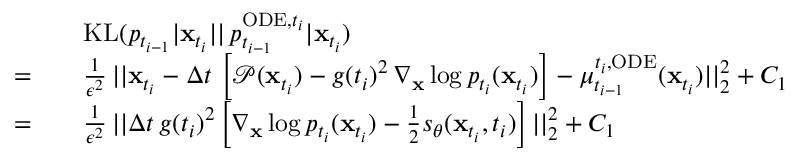
\begin{array} { r l } & { \quad \mathrm { K L } ( p _ { t _ { i - 1 } } | \mathbf { x } _ { t _ { i } } | | \, p _ { t _ { i - 1 } } ^ { \mathrm { O D E } , t _ { i } } | \mathbf { x } _ { t _ { i } } ) } \\ { = } & { \quad \frac { 1 } { \epsilon ^ { 2 } } \, | | \mathbf { x } _ { t _ { i } } - \Delta t \, \left[ \mathcal { P } ( \mathbf { x } _ { t _ { i } } ) - g ( t _ { i } ) ^ { 2 } \, \nabla _ { \mathbf { x } } \log p _ { t _ { i } } ( \mathbf { x } _ { t _ { i } } ) \right] - \mu _ { t _ { i - 1 } } ^ { t _ { i } , \mathrm { O D E } } ( \mathbf { x } _ { t _ { i } } ) | | _ { 2 } ^ { 2 } + C _ { 1 } } \\ { = } & { \quad \frac { 1 } { \epsilon ^ { 2 } } \, | | \Delta t \, g ( t _ { i } ) ^ { 2 } \left[ \nabla _ { \mathbf { x } } \log p _ { t _ { i } } ( \mathbf { x } _ { t _ { i } } ) - \frac { 1 } { 2 } s _ { \theta } ( \mathbf { x } _ { t _ { i } } , t _ { i } ) \right] | | _ { 2 } ^ { 2 } + C _ { 1 } } \end{array}